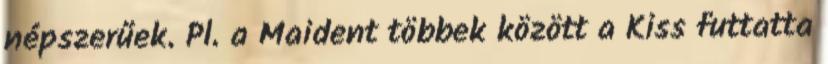
népszerűek. Pl. a Maident többek között a Kiss futtatta